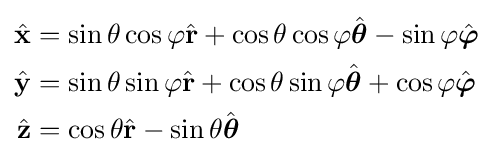
{\begin{aligned}{\hat {\mathbf {x} }}&=\sin \theta \cos \varphi {\hat {\mathbf {r} }}+\cos \theta \cos \varphi {\hat {\boldsymbol {\theta }}}-\sin \varphi {\hat {\boldsymbol {\varphi }}}\\{\hat {\mathbf {y} }}&=\sin \theta \sin \varphi {\hat {\mathbf {r} }}+\cos \theta \sin \varphi {\hat {\boldsymbol {\theta }}}+\cos \varphi {\hat {\boldsymbol {\varphi }}}\\{\hat {\mathbf {z} }}&=\cos \theta {\hat {\mathbf {r} }}-\sin \theta {\hat {\boldsymbol {\theta }}}\end{aligned}}